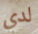
لدي